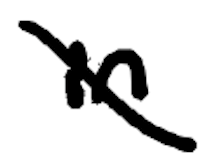
Text: in
Cross-out: diagonal
Writing tool: digital_black